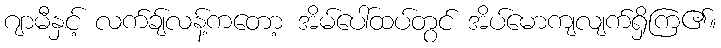
ဂျာမီနှင့် လက်ချ်လန့်ကတော့ အိမ်ပေါ်ထပ်တွင် အိပ်မောကျလျက်ရှိကြ၏။